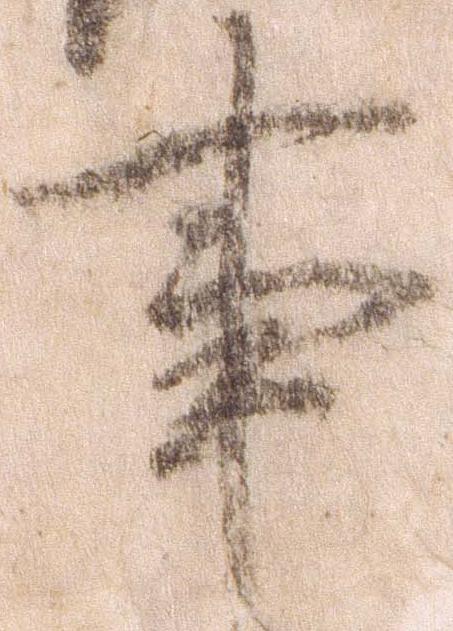
事